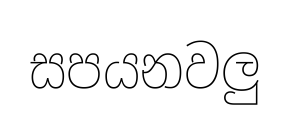
සපයනවලු